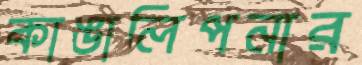
কাঙালিপনার